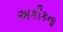
અકીકના